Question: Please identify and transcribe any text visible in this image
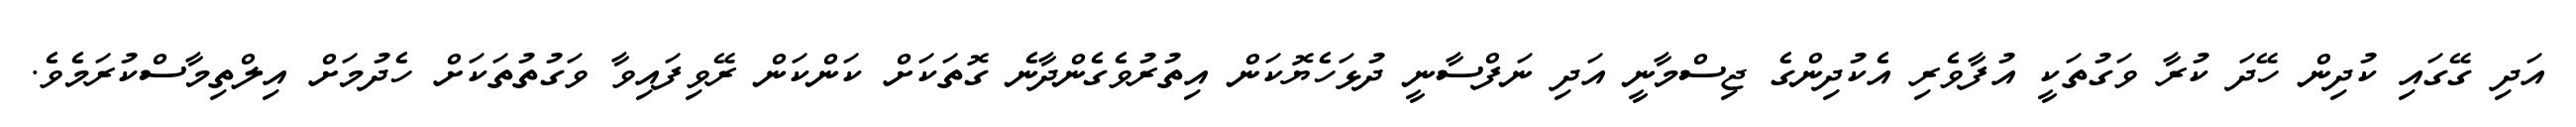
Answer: އަދި ގޭގައި ކުދިން ހޭދަ ކުރާ ވަގުތަކީ އުފާވެރި އެކުދިންގެ ޖިސްމާނީ އަދި ނަފްސާނީ ދުޅަހެޔޮކަން އިތުރުވެގެންދާނެ ގޮތަކަށް ކަންކަން ރޭވިފައިވާ ވަގުތުތަކަށް ހެދުމަށް އިލްތިމާސްކުރަމެވެ.